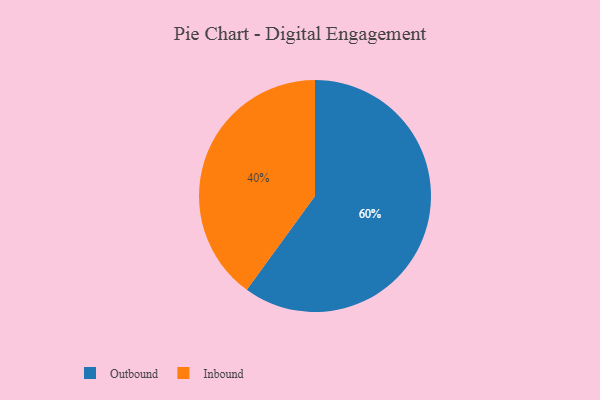
{"axis": {"x": "Category", "y": "Percentage"}, "legend": ["Inbound", "Outbound"], "data": [{"x": "Inbound", "y": 40, "type": "Inbound"}, {"x": "Outbound", "y": 60, "type": "Outbound"}]}